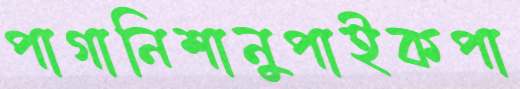
পাগানিশানুপাইকপা